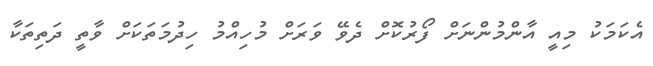
އެކަމަކު މިއީ އާންމުންނަށް ފޯރުކޮށް ދެވޭ ވަރަށް މުހިއްމު ހިދުމަތަކަށް ވާތީ ދަތިތަކާ